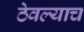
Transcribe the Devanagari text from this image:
ठेवल्याच